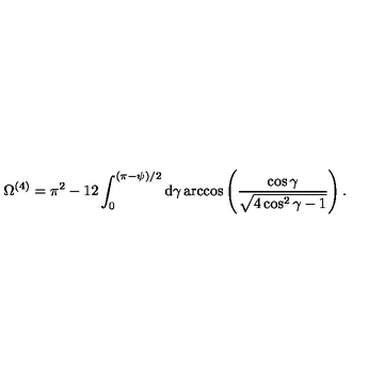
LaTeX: \Omega ^ { ( 4 ) } = \pi ^ { 2 } - 1 2 \int _ { 0 } ^ { ( \pi - \psi ) / 2 } \mathrm { d } \gamma \arccos \left( \frac { \cos \gamma } { \sqrt { 4 \cos ^ { 2 } \gamma - 1 } } \right) .